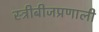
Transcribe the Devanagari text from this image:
स्त्रीबीजप्रणाली